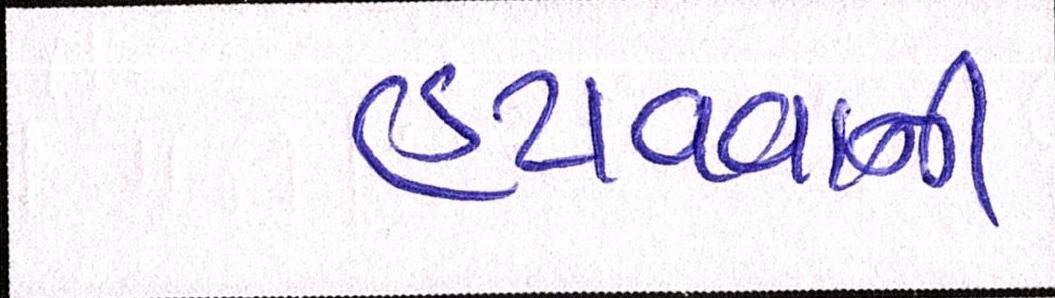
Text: હટાવવાની